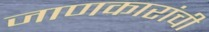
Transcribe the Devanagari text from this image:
जाणकारांची